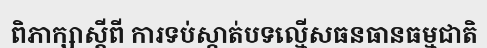
ពិភាក្សាស្តីពី ការទប់ស្កាត់បទល្មើសធនធានធម្មជាតិ